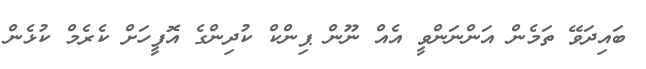
ބައިދަވޭ ތަމެން އަންނަންވީ އެއް ނޫން ޕިންކް ކުދިންގެ އޮފީހަށް ކެރެމް ކުޅެން